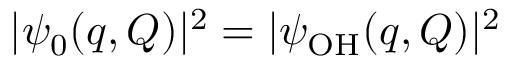
\vert \psi _ { 0 } ( q , Q ) \vert ^ { 2 } = \vert \psi _ { \mathrm { O H } } ( q , Q ) \vert ^ { 2 }